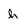
Character: h